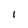
Character: l